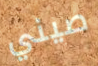
صيني